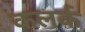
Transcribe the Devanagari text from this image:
कलर्क